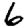
Digit: 6